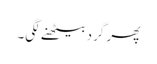
پھر گرد بیٹھنے لگی۔